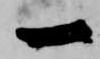
一